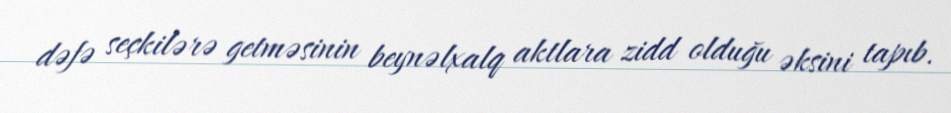
dəfə seçkilərə getməsinin beynəlxalq aktlara zidd olduğu əksini tapıb.